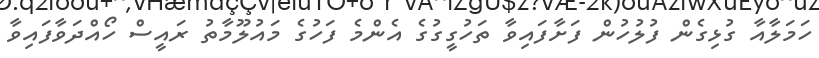
ހަމަލާއާ ގުޅިގެން ފުލުހުން ފަށާފައިވާ ތަހުގީގުގެ އެންމެ ފަހުގެ މައުލޫމާތު ރައީސް ހޯއްދަވާފައިވާ